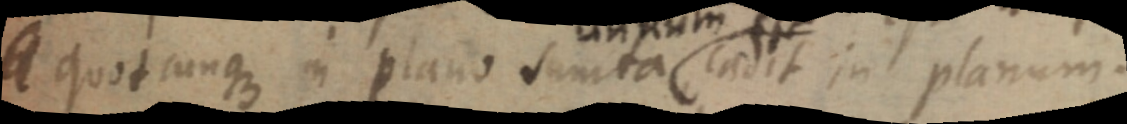
_ quotcunque in plano sumta cadit in planum.